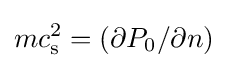
mc_{\mathrm {s} }^{2}=(\partial P_{0}/\partial n)